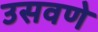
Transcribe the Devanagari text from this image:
उसवणे